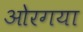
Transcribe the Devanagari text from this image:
ओरगया